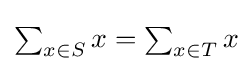
{\textstyle \sum _{x\in S}x=\sum _{x\in T}x}